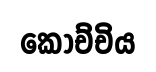
කෝච්චිය